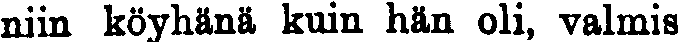
niin köyhänä kuin hän oli, valmis